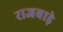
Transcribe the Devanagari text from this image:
राजबाड़े